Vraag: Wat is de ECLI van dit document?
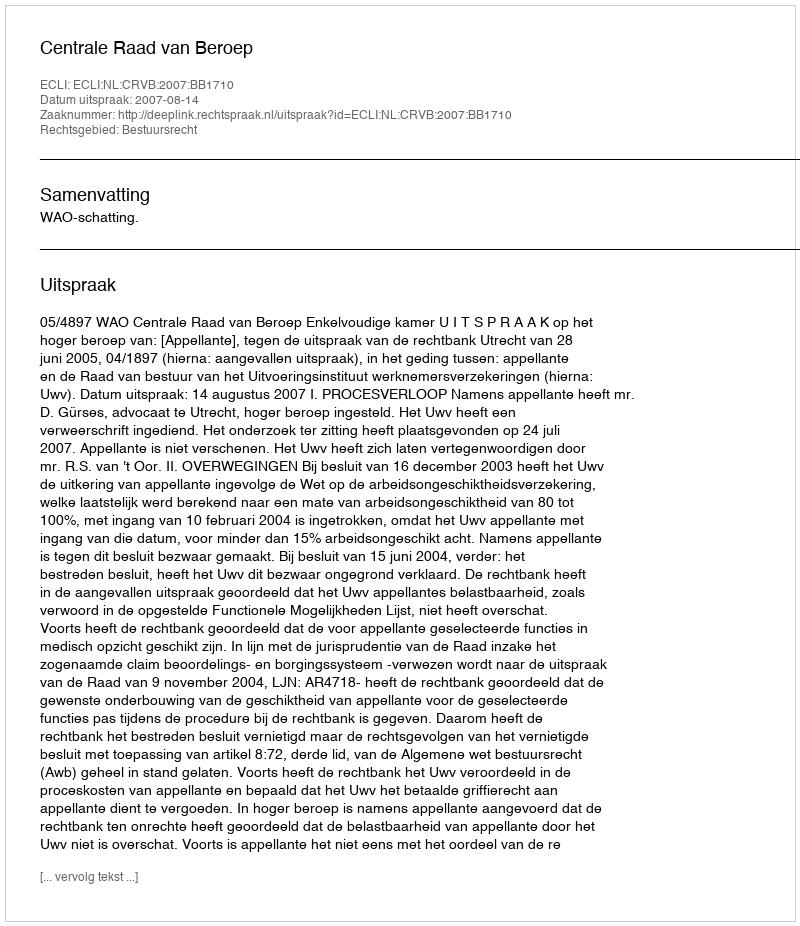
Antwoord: ECLI:NL:CRVB:2007:BB1710